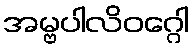
အမ္ဗပါလိဝဂ္ဂေါ